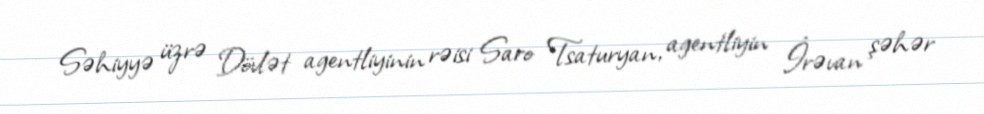
Səhiyyə üzrə Dövlət agentliyinin rəisi Saro Tsaturyan, agentliyin İrəvan şəhər